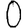
Digit: 0